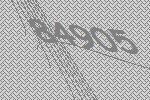
84905